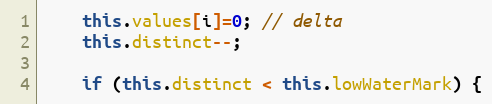
Language: Java
	this.values[i]=0; // delta
	this.distinct--;

	if (this.distinct < this.lowWaterMark) {